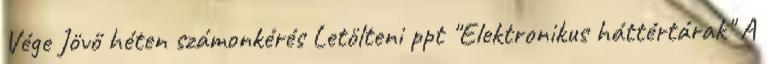
Vége Jövő héten számonkérés Letölteni ppt "Elektronikus háttértárak" A